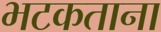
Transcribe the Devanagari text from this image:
भटकताना